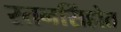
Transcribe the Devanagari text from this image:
रतनसिंहोत